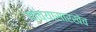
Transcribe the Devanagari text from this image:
यांच्यासारखेच